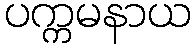
ပက္ကမနာယ